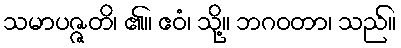
သမာပဇ္ဇတိ၊ ၏။ ဧဝံ၊ သို့။ ဘဂဝတာ၊ သည်။